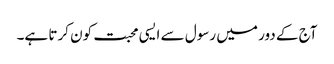
آج کے دور میں رسول سے ایسی محبت کون کرتا ہے۔